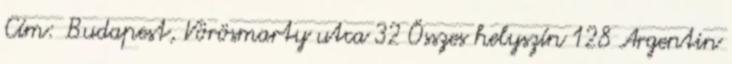
Cím: Budapest, Vörösmarty utca 32 Összes helyszín 128 Argentin